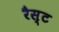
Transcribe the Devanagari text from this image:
रैस्ट